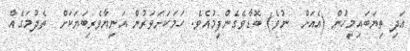
އަދި ތިޔަބައިމީހުން (އެއަށް  ނުވެ) ބޮޑާވެގެންފީމުއެވެ. ހަމަކަށަވަރުން އަނިޔާވެރިބަޔަކަށް  ތެދުމަގެއް